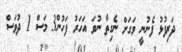
ދަރިފުޅު ފެނުނީ ވަގަށް ނެގިތާ ނުވަ އަހަރު ފަހުން3 މަސް 1 ދުވަސް